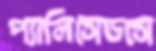
প্যালিসেডসে